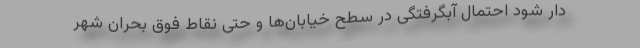
دار شود احتمال آبگرفتگی در سطح خیابان‌ها و حتی نقاط فوق بحران شهر